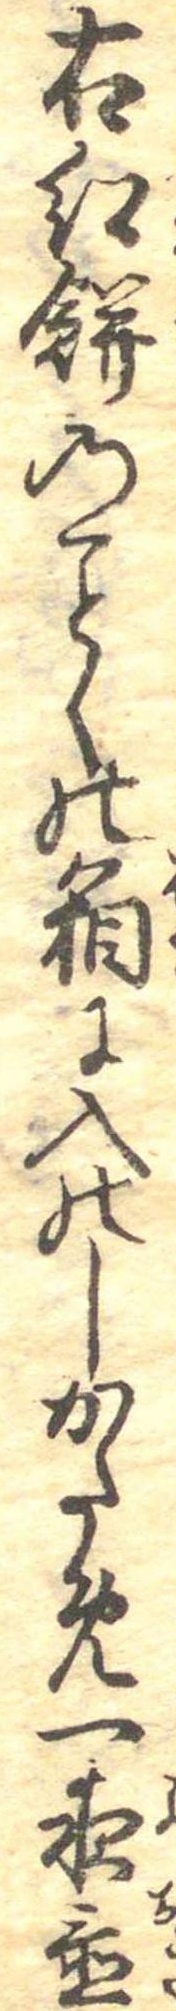
右紅餅のくの箱に入のしかため一夜置